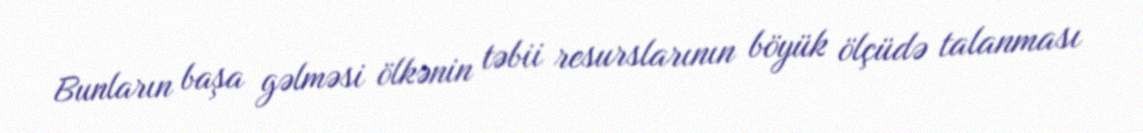
Bunların başa gəlməsi ölkənin təbii resurslarının böyük ölçüdə talanması